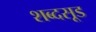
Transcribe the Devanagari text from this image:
शब्दसूड